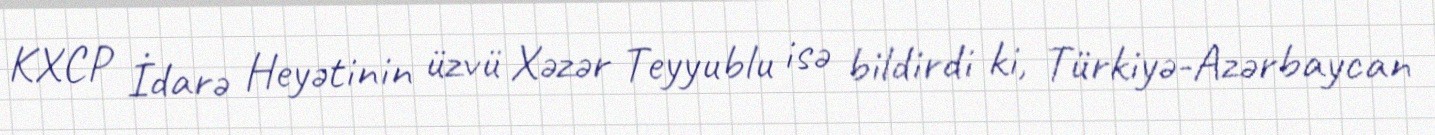
KXCP İdarə Heyətinin üzvü Xəzər Teyyublu isə bildirdi ki, Türkiyə-Azərbaycan